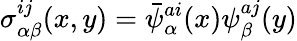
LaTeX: \sigma_{\alpha\beta}^{ij}(x,y)=\bar{\psi}_{\alpha}^{ai}(x)\psi_{\beta}^{aj}(y)